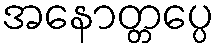
အနောတ္တပ္ပေ